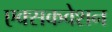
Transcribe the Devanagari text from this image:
एक्सकवेशन